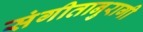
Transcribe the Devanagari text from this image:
संगीतानुरागी